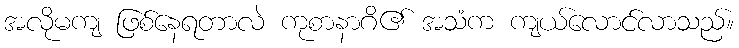
အလိုမကျ ဖြစ်နေရတာလဲ ကုစာနာဂိ၏ အသံက ကျယ်လောင်လာသည်။